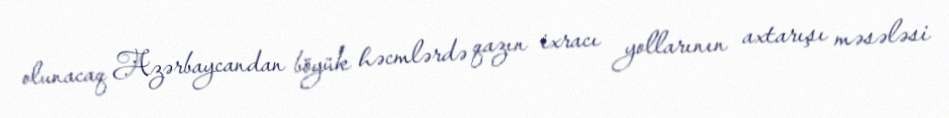
olunacaq Azərbaycandan böyük həcmlərdə qazın ixracı yollarının axtarışı məsələsi